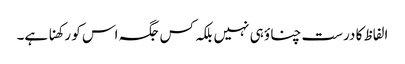
الفاظ کا درست چناؤ ہی نہیں بلکہ کس جگہ اس کو رکھنا ہے۔